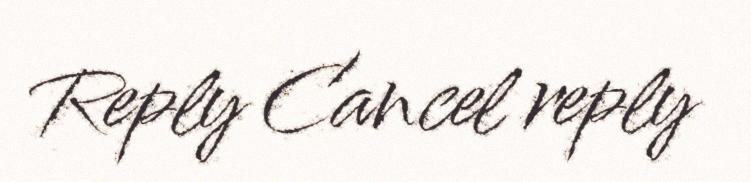
Reply Cancel reply